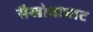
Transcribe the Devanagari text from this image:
सैखोवाघाट